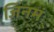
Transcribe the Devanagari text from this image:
जिनमं्